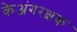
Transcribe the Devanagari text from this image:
केअंगरक्षक